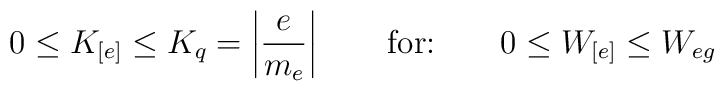
0\leq K_{[e]}\leq K_{q}=\left|\frac{e}{m_{e}}\right| \qquad\mbox{for:}\qquad 0\leq W_{[e]}\leq W_{eg}